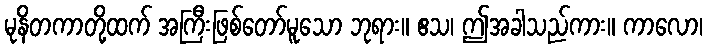
မုနိတကာတို့ထက် အကြီးဖြစ်တော်မူသော ဘုရား။ ဧသ၊ ဤအခါသည်ကား။ ကာလော၊